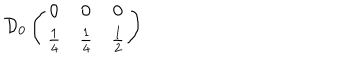
\mathcal { D } _ { 0 } \left( \begin{array} { c c c } { { 0 } } & { { 0 } } & { { 0 } } \\ { { \frac { 1 } { 4 } } } & { { \frac { 1 } { 4 } } } & { { \frac { 1 } { 2 } } } \\ \end{array} \right)